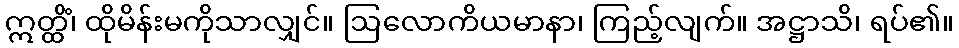
ဣတ္ထိံ၊ ထိုမိန်းမကိုသာလျှင်။ ဩလောကိယမာနာ၊ ကြည့်လျက်။ အဋ္ဌာသိ၊ ရပ်၏။